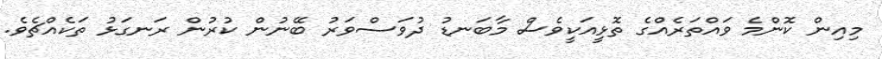
މިއިން ކޮންމެ ވައްތަރެއްގެ ތޮޅީއަކީވެސް މާބަނޑު ދުވަސްވަރު ބޭނުން ކުރުން ރަނގަޅު ތަކެއްޗެވެ.